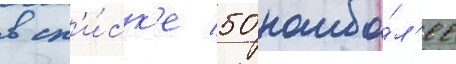
в сп'и́ск'е 50 наибо́л'ее